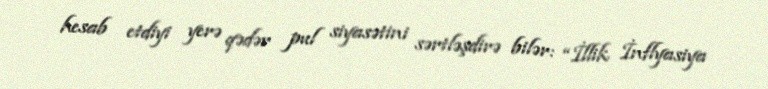
hesab etdiyi yerə qədər pul siyasətini sərtləşdirə bilər: “İllik İnflyasiya